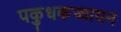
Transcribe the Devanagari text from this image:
पकुधकच्चायन